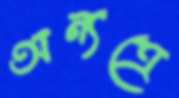
অন্যত্রে